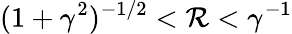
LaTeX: (1+\gamma^{2})^{-1/2}<\mathcal R<\gamma^{-1}